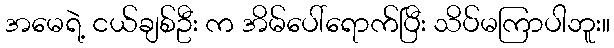
အမေရဲ့ ငယ်ချစ်ဦး က အိမ်ပေါ်ရောက်ပြီး သိပ်မကြာပါဘူး။